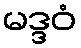
မဒ္ဒဝံ